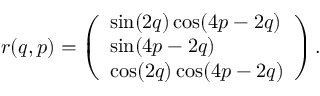
r ( q , p ) = \left( \begin{array} { l } { \sin ( 2 q ) \cos ( 4 p - 2 q ) } \\ { \sin ( 4 p - 2 q ) } \\ { \cos ( 2 q ) \cos ( 4 p - 2 q ) } \end{array} \right) .